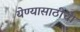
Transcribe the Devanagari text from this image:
येण्यासाठीची